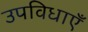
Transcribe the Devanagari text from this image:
उपविधाएँ